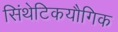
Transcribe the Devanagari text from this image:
सिंथेटिकयौगिक